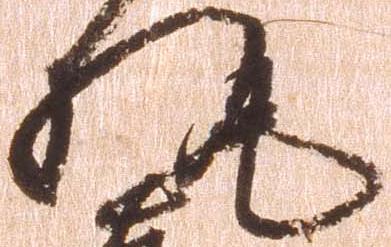
執